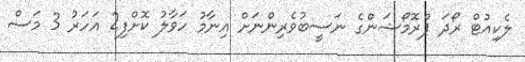
ލެކިއުޓް ރޯދަ ޕްރޮމޯޝަންގެ ނަސީބުވެރިންނަށް އިނާމު ހަވާލު ކޮށްފި2 އަހަރު 3 މަސް